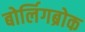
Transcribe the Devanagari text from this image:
बोर्लिगब्रोक